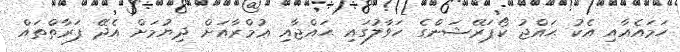
ހަމައެއާއި އެކު ޙައްޖު ކޯޕަރޭޝަންގެ ހަވާލުގައި ޙައްޖާއި ޢުމްރާއަށް ދިޔުމަށް އެދޭ ފަރާތްތައް